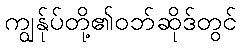
ကျွန်ုပ်တို့၏ဝဘ်ဆိုဒ်တွင်